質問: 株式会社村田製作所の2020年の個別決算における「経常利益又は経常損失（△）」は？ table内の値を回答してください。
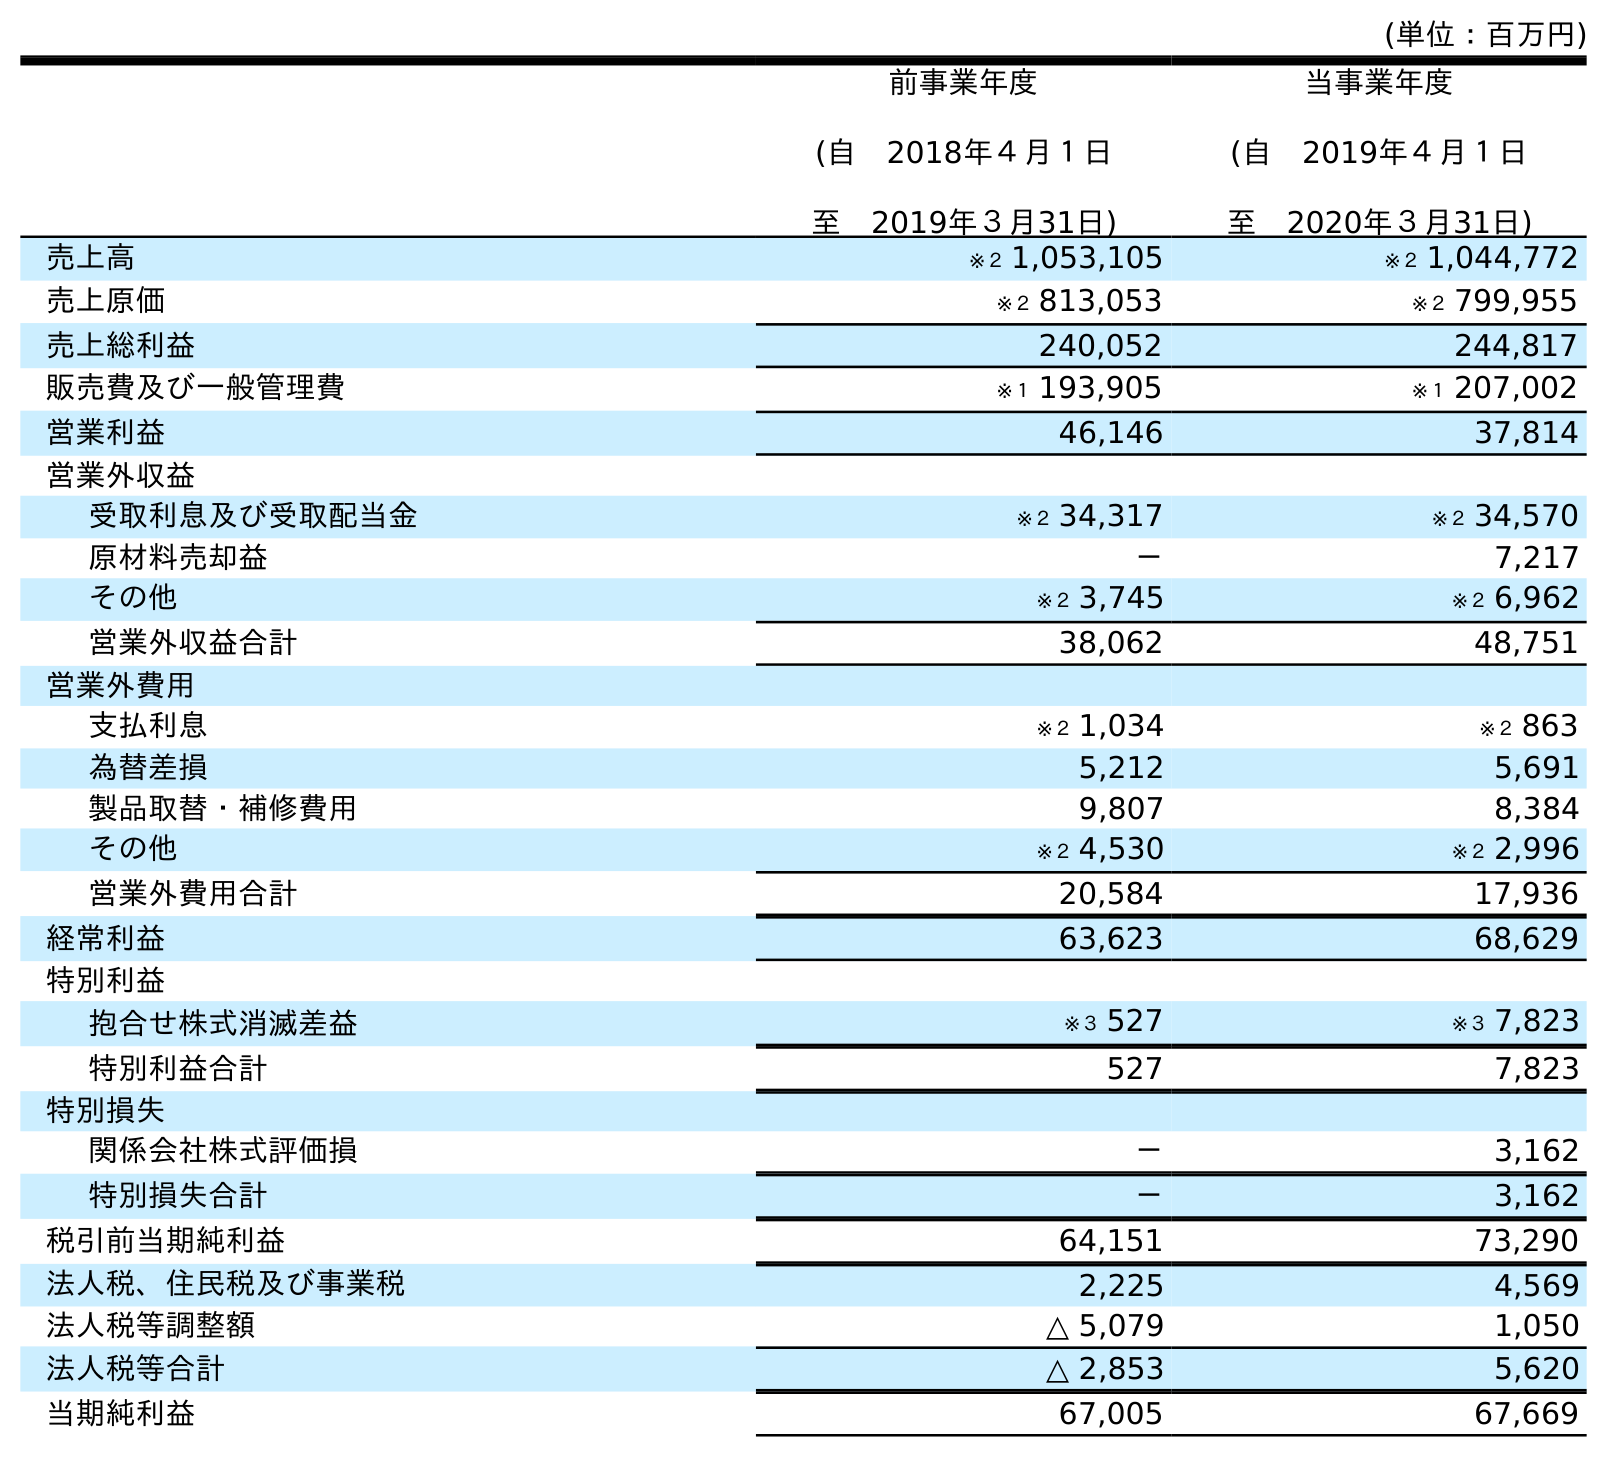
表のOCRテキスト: (単位：百万円) 前事業年度 (自 2018年４月１日 至 2019年３月31日) 当事業年度 (自 2019年４月１日 至 2020年３月31日) 売上高 ※２ 1,053,105 ※２ 1,044,772 売上原価 ※２ 813,053 ※２ 799,955 売上総利益 240,052 244,817 販売費及び一般管理費 ※１ 193,905 ※１ 207,002 営業利益 46,146 37,814 営業外収益 受取利息及び受取配当金 ※２ 34,317 ※２ 34,570 原材料売却益 － 7,217 その他 ※２ 3,745 ※２ 6,962 営業外収益合計 38,062 48,751 営業外費用 支払利息 ※２ 1,034 ※２ 863 為替差損 5,212 5,691 製品取替・補修費用 9,807 8,384 その他 ※２ 4,530 ※２ 2,996 営業外費用合計 20,584 17,936 経常利益 63,623 68,629 特別利益 抱合せ株式消滅差益 ※３ 527 ※３ 7,823 特別利益合計 527 7,823 特別損失 関係会社株式評価損 － 3,162 特別損失合計 － 3,162 税引前当期純利益 64,151 73,290 法人税、住民税及び事業税 2,225 4,569 法人税等調整額 △ 5,079 1,050 法人税等合計 △ 2,853 5,620 当期純利益 67,005 67,669
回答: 68,629